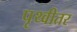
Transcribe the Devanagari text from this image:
पृथ्वीतर